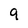
Character: q